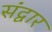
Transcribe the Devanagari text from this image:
संद्वार